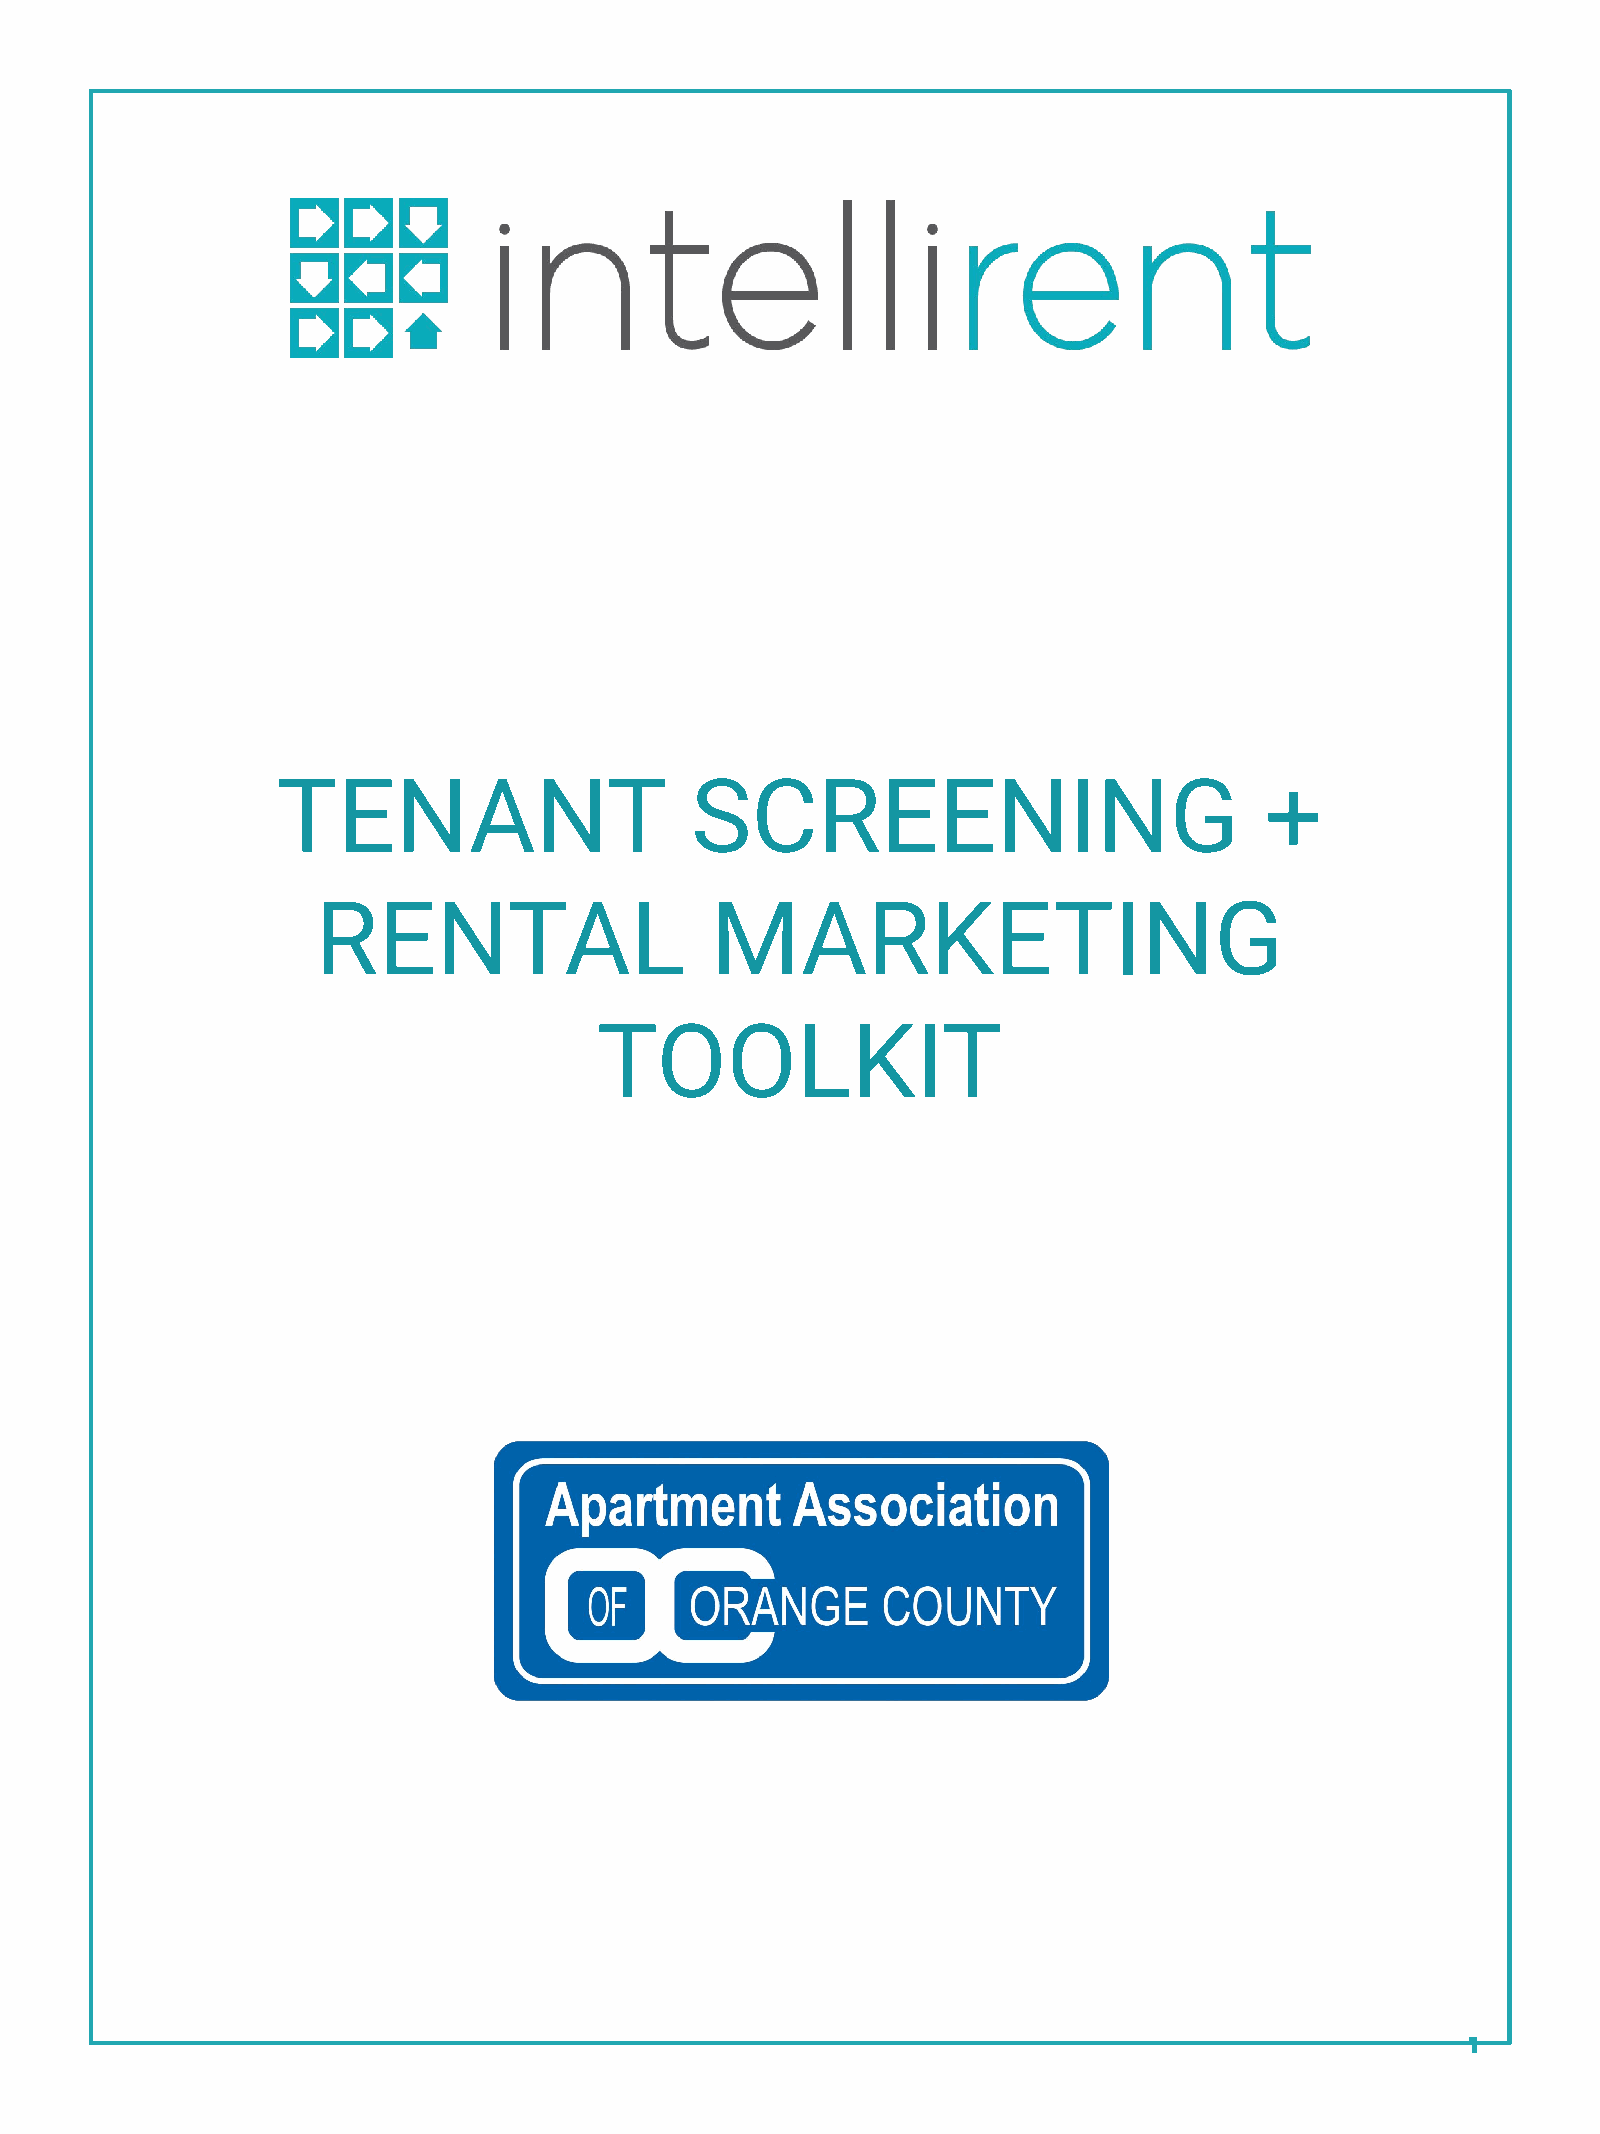
TENANT                      SCREENING                             +
 RENTAL                    MARKETING
 TOOLKIT
 1